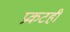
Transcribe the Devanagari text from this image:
प्रकटही